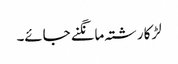
لڑکا رشتہ مانگنے جائے۔